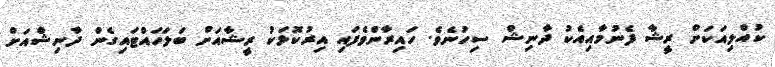
ކުއްލިއަކަށް ރީޝާ ފެނުމާާއިއެކު ދާނިޝް ސިހުނެވެ. ހައިރާންވެފައި އިރުކޮޅަކު ރީޝާއަށް ބަލަހައްޓައިގެން ދާނިޝްއަށް